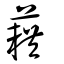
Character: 藉